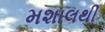
મશાલથી